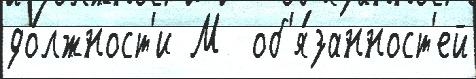
до́лжност'и М  об'я́занност'ей